Leaving Certificate Examination (including Day School Certificate (Higher) General paper), 1937
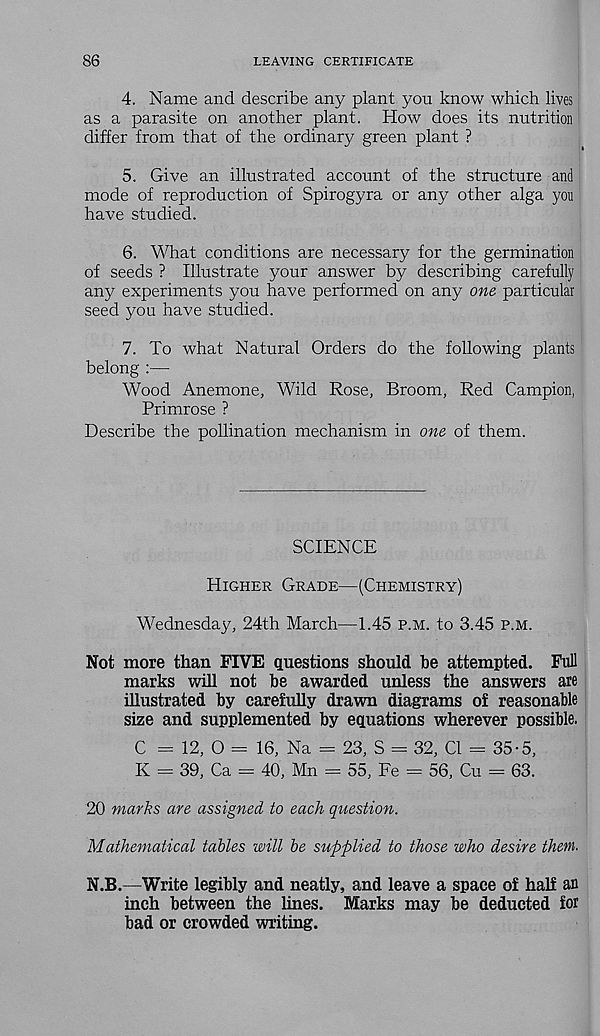
86
LEAVING CERTIFICATE
4. Name and describe any plant you know which lives
as a parasite on another plant. How does its nutrition
differ from that of the ordinary green plant ?
5. Give an illustrated account of the structure and
mode of reproduction of Spirogyra or any other alga you
have studied.
6. What conditions are necessary for the germination
of seeds ? Illustrate your answer by describing carefully
any experiments you have performed on any one particular
seed you have studied.
7. To what Natural Orders do the following plants
belong :—
Wood Anemone, Wild Rose, Broom, Red Campion,
Primrose ?
Describe the pollination mechanism in one of them.
SCIENCE
Higher Grade—(Chemistry)
Wednesday, 24th March—1.45 p.m. to 3.45 p.m.
Not more than FIVE questions should be attempted. Full
marks will not be awarded unless the answers are
illustrated by carefully drawn diagrams of reasonable
size and supplemented by equations wherever possible.
C = 12, O = 16, Na = 23, S = 32, Cl = 35-5,
K = 39, Ca = 40, Mn = 55, Fe = 56, Cu = 63.
20 marks are assigned to each question.
Mathematical tables will be supplied to those who desire them.
N.B.—Write legibly and neatly, and leave a space of half an
inch between the lines. Marks may be deducted for
bad or crowded writing.